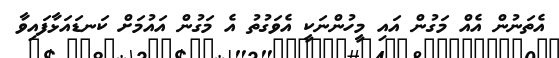
އެތަނުން އެއް މަގުން އައި މީހުންނަކީ އެވަގުތު އެ މަގުން އައުމަށް ކަނޑައަޅާފައިވާ